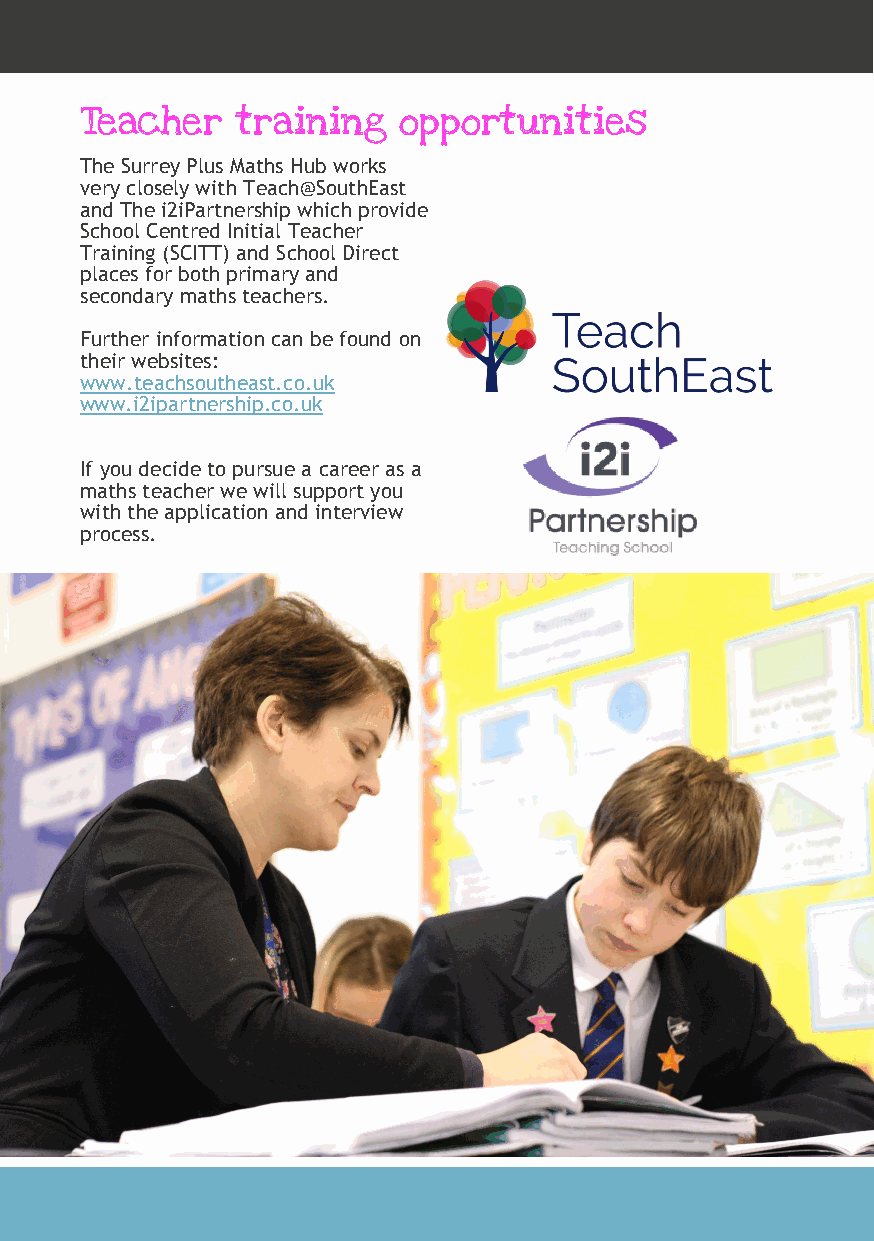
Teacher    training  opportunities
 The Surrey Plus Maths Hub works
 very closely with Teach@SouthEast
 and The i2iPartnership which provide
 School Centred Initial Teacher
 Training (SCITT) and School Direct
 places for both primary and
 secondary maths teachers.
 Further information can be found on
 their websites:
 www.teachsoutheast.co.uk
 www.i2ipartnership.co.uk
 If you decide to pursue a career as a
 maths teacher we will support you
 with the application and interview
 process.